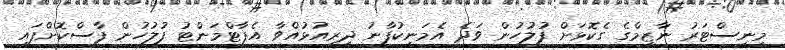
މިނިސްޓަރު ނާޒިމްގެ ގެކޮޅަށް ފުލުހުން ވަދެ އެމަނިކުފާނު ދިރިއުޅުއްވާ އެޕާޓްމަންޓު ފުލުހުން ފާސްކޮށްފައި